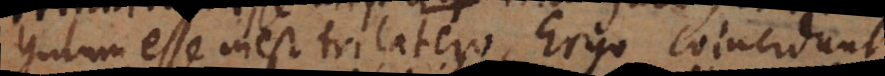
triangulum esse inest trilatero. Ergo coincidunt